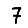
Digit: 7